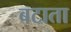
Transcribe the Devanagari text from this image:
बटाता